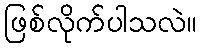
ဖြစ်လိုက်ပါသလဲ။